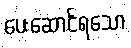
ပေးဆောင်ရသော